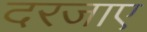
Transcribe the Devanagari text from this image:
दरजाए